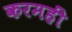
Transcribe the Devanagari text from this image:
करमहीं